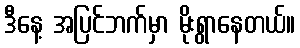
ဒီနေ့ အပြင်ဘက်မှာ မိုးရွာနေတယ်။